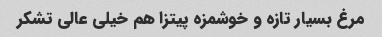
مرغ بسیار تازه و خوشمزه پیتزا هم خیلی عالی تشکر